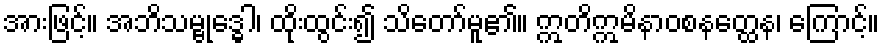
အားဖြင့်။ အဘိသမ္ဗုဒ္ဓေါ၊ ထိုးထွင်း၍ သိတော်မူ၏။ ဣတိဣမိနာဝစနတ္ထေန၊ ကြောင့်။